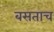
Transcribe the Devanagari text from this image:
बसताच